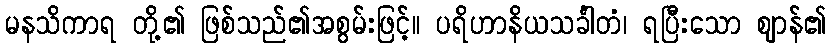
မနသိကာရ တို့၏ ဖြစ်သည်၏အစွမ်းဖြင့်။ ပရိဟာနိယသင်္ခါတံ၊ ရပြီးသော ဈာန်၏